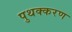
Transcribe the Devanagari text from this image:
पुथक्करण